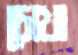
চোখা